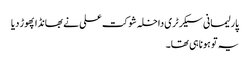
پارلیمانی سیکرٹری داخلہ شوکت علی نے بھانڈا پھوڑ دیا
یہ تو ہونا ہی تھا۔